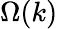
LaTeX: \Omega(k)